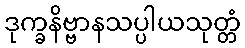
ဒုက္ခနိဗ္ဗာနသပ္ပါယသုတ္တံ